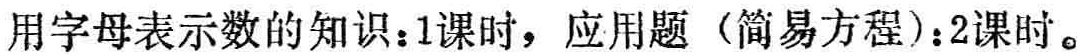
用字母表示数的知识：1课时，应用题（简易方程）：2课时。